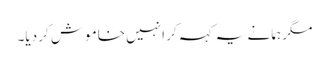
مگر ہما نے یہ کہہ کر انہیں خاموش کر دیا۔